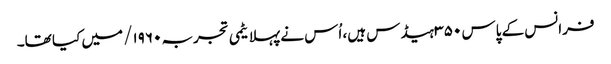
فرانس کے پاس ۳۵۰ ہیڈس ہیں، اُس نے پہلا یٹمی تجربہ ۱۹۶۰/ میں کیا تھا۔